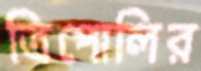
ত্রিপোলির